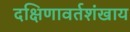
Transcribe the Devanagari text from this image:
दक्षिणावर्तशंखाय